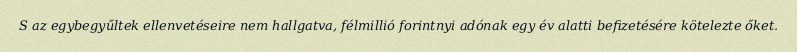
S az egybegyűltek ellenvetéseire nem hallgatva, félmillió forintnyi adónak egy év alatti befizetésére kötelezte őket.